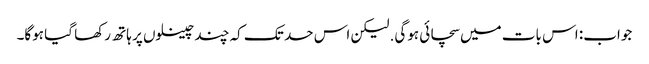
جواب: اس بات میں سچائی ہوگی. لیکن اس حد تک کہ چند چینلوں پر ہاتھ رکھا گیا ہوگا۔